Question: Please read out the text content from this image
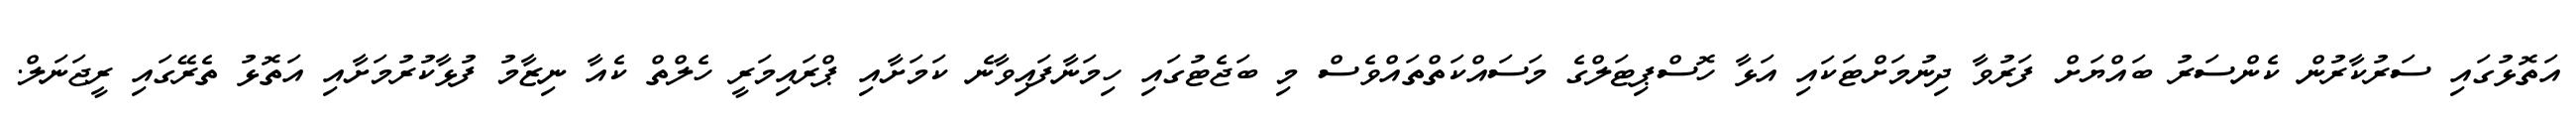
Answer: އަތޮޅުގައި ސަރުކާރުން ކެންސަރު ބައްޔަށް ފަރުވާ ދިނުމަށްޓަކައި އަޅާ ހޮސްޕިޓަލްގެ މަސައްކަތްތައްވެސް މި ބަޖެޓުގައި ހިމަނާފައިވާނެ ކަމަށާއި ޕްރައިމަރީ ހެލްތް ކެއާ ނިޒާމު ފުޅާކުރުމަށާއި އަތޮޅު ތެރޭގައި ރީޖަނަލް.